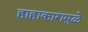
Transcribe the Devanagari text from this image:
हाहाकारामुळे